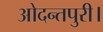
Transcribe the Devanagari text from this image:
ओदन्तपुरी।